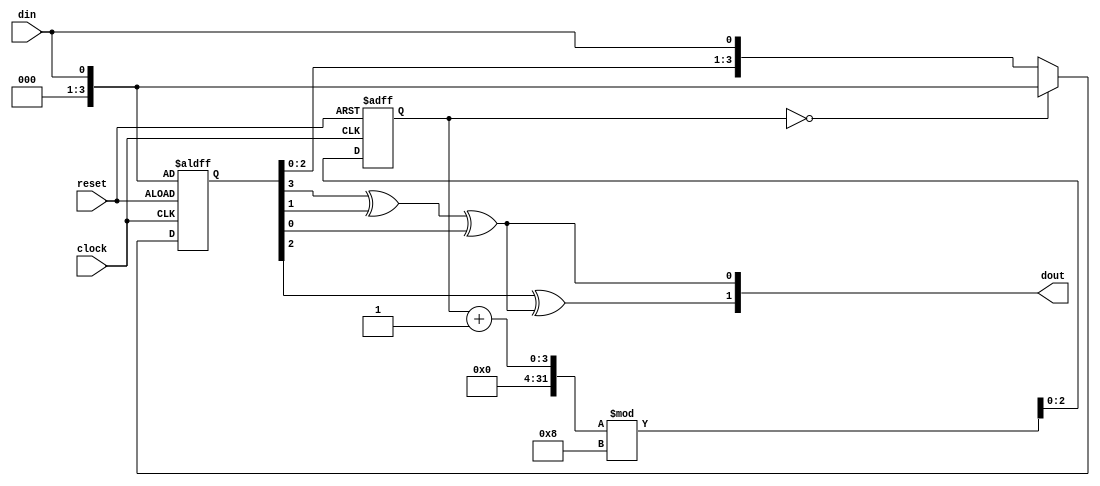
`timescale 1ns / 1ps

module ConvEncode(
    clock,
	din,
	dout,
	reset
);
input           clock;
input           reset;  
input 	     	din;
output 	[1:0] 	dout;

wire [1:0] dout;
reg  [3:0] status;
reg  [2:0]  count;

always @(posedge clock or negedge reset)
begin
    if (!reset)
        begin
            status <= {3'b000,din};
            count <= 0;
        end
    else
        begin
            count <= (count+1)%8;
            if (count == 0)
            begin
            status <= {3'b000,din};
            end
            else
            begin
            status <= {status[2:0],din};
            end
        end
end

assign	dout[0] = status[3] ^ status[1] ^ status[0];
assign	dout[1] = status[2] ^ dout[0];
endmodule